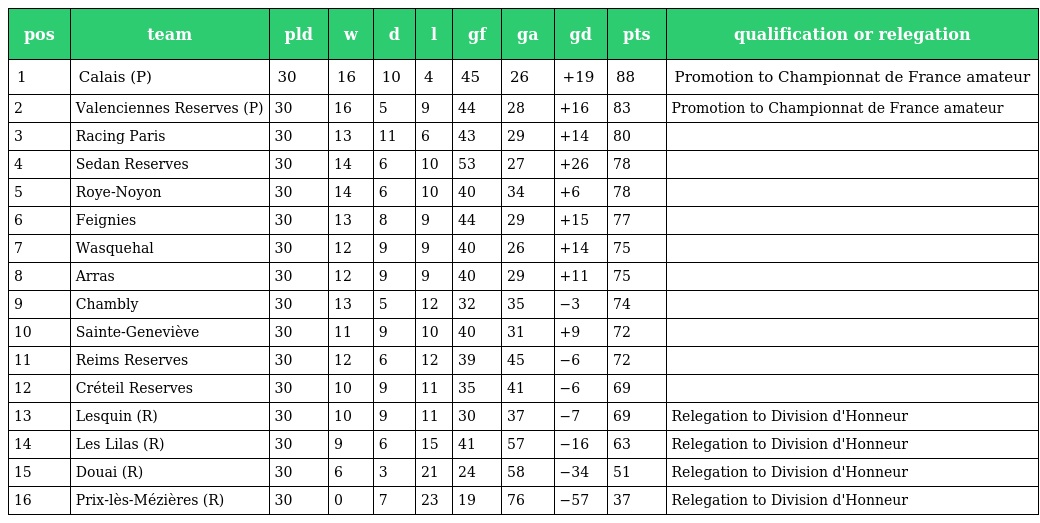
| pos | team | pld | w | d | l | gf | ga | gd | pts | qualification or relegation |
 | --- | --- | --- | --- | --- | --- | --- | --- | --- | --- | --- |
 | 1 | Calais (P) | 30 | 16 | 10 | 4 | 45 | 26 | +19 | 88 | Promotion to Championnat de France amateur |
 | 2 | Valenciennes Reserves (P) | 30 | 16 | 5 | 9 | 44 | 28 | +16 | 83 | Promotion to Championnat de France amateur |
 | 3 | Racing Paris | 30 | 13 | 11 | 6 | 43 | 29 | +14 | 80 |  |
 | 4 | Sedan Reserves | 30 | 14 | 6 | 10 | 53 | 27 | +26 | 78 |  |
 | 5 | Roye-Noyon | 30 | 14 | 6 | 10 | 40 | 34 | +6 | 78 |  |
 | 6 | Feignies | 30 | 13 | 8 | 9 | 44 | 29 | +15 | 77 |  |
 | 7 | Wasquehal | 30 | 12 | 9 | 9 | 40 | 26 | +14 | 75 |  |
 | 8 | Arras | 30 | 12 | 9 | 9 | 40 | 29 | +11 | 75 |  |
 | 9 | Chambly | 30 | 13 | 5 | 12 | 32 | 35 | −3 | 74 |  |
 | 10 | Sainte-Geneviève | 30 | 11 | 9 | 10 | 40 | 31 | +9 | 72 |  |
 | 11 | Reims Reserves | 30 | 12 | 6 | 12 | 39 | 45 | −6 | 72 |  |
 | 12 | Créteil Reserves | 30 | 10 | 9 | 11 | 35 | 41 | −6 | 69 |  |
 | 13 | Lesquin (R) | 30 | 10 | 9 | 11 | 30 | 37 | −7 | 69 | Relegation to Division d'Honneur |
 | 14 | Les Lilas (R) | 30 | 9 | 6 | 15 | 41 | 57 | −16 | 63 | Relegation to Division d'Honneur |
 | 15 | Douai (R) | 30 | 6 | 3 | 21 | 24 | 58 | −34 | 51 | Relegation to Division d'Honneur |
 | 16 | Prix-lès-Mézières (R) | 30 | 0 | 7 | 23 | 19 | 76 | −57 | 37 | Relegation to Division d'Honneur |